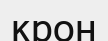
крон